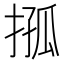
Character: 𢮩